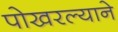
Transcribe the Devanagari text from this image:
पोखरल्याने